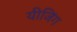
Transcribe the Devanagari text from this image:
यीजिंग